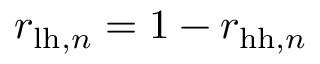
r _ { \ensuremath { \mathrm { l h } } , n } = 1 - r _ { \ensuremath { \mathrm { h h } } , n }